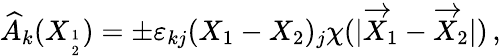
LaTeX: \widehat{A}_{k}(X_{1\atop 2})=\pm\varepsilon_{kj}(X_{1}-X_{2})_{j}\chi(|\overrightarrow{X}_{1}-\overrightarrow{X}_{2}|)\, ,